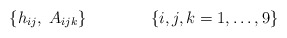
\begin{align*}\{ h_{ij}, \; A_{ijk} \} \qquad \qquad \{i,j,k = 1, \dots, 9 \}\end{align*}